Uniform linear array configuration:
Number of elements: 4
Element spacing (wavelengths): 1
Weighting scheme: hann
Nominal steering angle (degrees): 0
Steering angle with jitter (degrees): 0.1514
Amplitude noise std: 0.05
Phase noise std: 0.05

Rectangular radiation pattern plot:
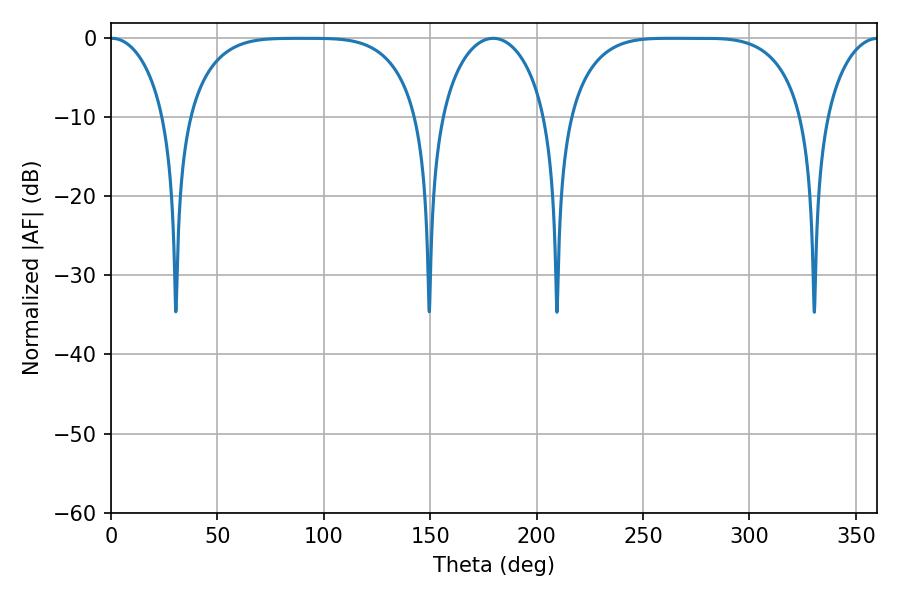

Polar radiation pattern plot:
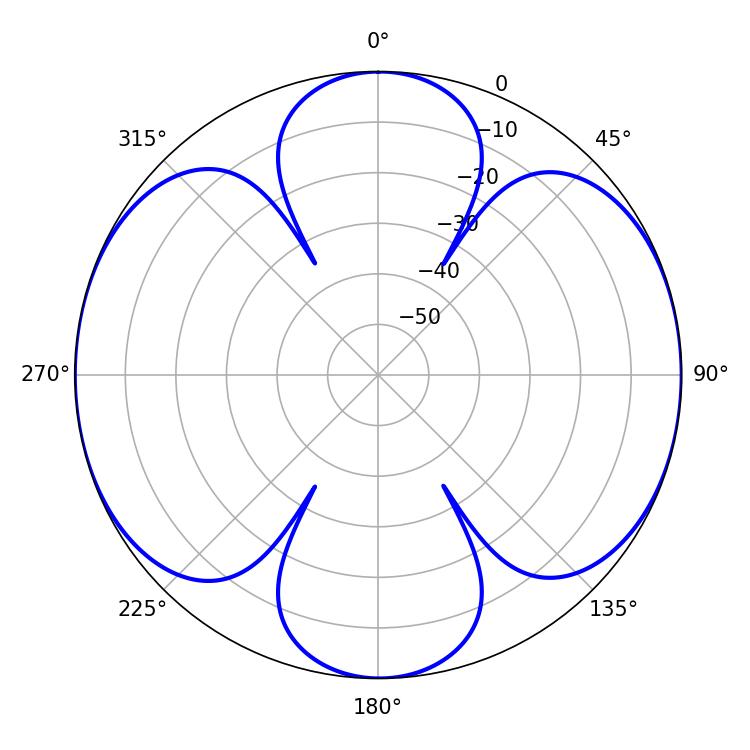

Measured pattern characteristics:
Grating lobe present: TRUE
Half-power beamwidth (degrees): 83.88
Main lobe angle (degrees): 263.16